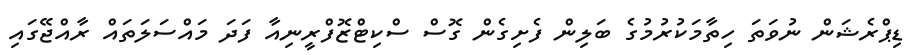
ޑިޕްރެޝަން ނުވަތަ ހިތާމަކުރުމުގެ ބަލިން ފެށިގެން ގޮސް ސްކިޓްޒޮފްރީނިއާ ފަދަ މައްސަލަތައް ރާއްޖޭގައި